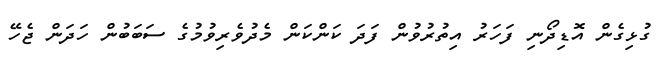
ގުޅިގެން އޮޑިދޯނި ފަހަރު އިތުރުވުން ފަދަ ކަންކަން މެދުވެރިވުމުގެ ސަބަބުން ހަދަން ޖެހޭ